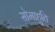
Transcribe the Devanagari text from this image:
सोमाहुति